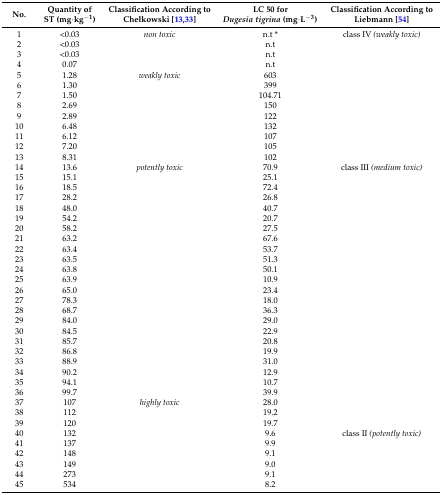
<table><thead><tr><td><b>No.</b></td><td><b>Quantity of ST (mg·kg<sup>−1</sup>)</b></td><td><b>Classification According to Chełkowski [13,33]</b></td><td><b>LC 50 for <i>Dugesia tigrina</i> (mg·L<sup>−3</sup>)</b></td><td><b>Classification According to Liebmann [54]</b></td></tr></thead><tbody><tr><td>1</td><td>&lt;0.03</td><td><i>non toxic</i></td><td>n.t * </td><td>class IV <i>(weakly toxic)</i></td></tr><tr><td>2</td><td>&lt;0.03</td><td></td><td>n.t</td><td></td></tr><tr><td>3</td><td>&lt;0.03</td><td></td><td>n.t</td><td></td></tr><tr><td>4</td><td>0.07</td><td></td><td>n.t</td><td></td></tr><tr><td>5</td><td>1.28</td><td><i>weakly toxic</i></td><td>603</td><td></td></tr><tr><td>6</td><td>1.30</td><td></td><td>399</td><td></td></tr><tr><td>7</td><td>1.50</td><td></td><td>104.71</td><td></td></tr><tr><td>8</td><td>2.69</td><td></td><td>150</td><td></td></tr><tr><td>9</td><td>2.89</td><td></td><td>122</td><td></td></tr><tr><td>10</td><td>6.48</td><td></td><td>132</td><td></td></tr><tr><td>11</td><td>6.12</td><td></td><td>107</td><td></td></tr><tr><td>12</td><td>7.20</td><td></td><td>105</td><td></td></tr><tr><td>13</td><td>8.31</td><td></td><td>102</td><td></td></tr><tr><td>14</td><td>13.6</td><td><i>potently toxic</i></td><td>70.9</td><td>class III <i>(medium toxic)</i></td></tr><tr><td>15</td><td>15.1</td><td></td><td>25.1</td><td></td></tr><tr><td>16</td><td>18.5</td><td></td><td>72.4</td><td></td></tr><tr><td>17</td><td>28.2</td><td></td><td>26.8</td><td></td></tr><tr><td>18</td><td>48.0</td><td></td><td>40.7</td><td></td></tr><tr><td>19</td><td>54.2</td><td></td><td>20.7</td><td></td></tr><tr><td>20</td><td>58.2</td><td></td><td>27.5</td><td></td></tr><tr><td>21</td><td>63.2</td><td></td><td>67.6</td><td></td></tr><tr><td>22</td><td>63.4</td><td></td><td>53.7</td><td></td></tr><tr><td>23</td><td>63.5</td><td></td><td>51.3</td><td></td></tr><tr><td>24</td><td>63.8</td><td></td><td>50.1</td><td></td></tr><tr><td>25</td><td>63.9</td><td></td><td>10.9</td><td></td></tr><tr><td>26</td><td>65.0</td><td></td><td>23.4</td><td></td></tr><tr><td>27</td><td>78.3</td><td></td><td>18.0</td><td></td></tr><tr><td>28</td><td>68.7</td><td></td><td>36.3</td><td></td></tr><tr><td>29</td><td>84.0</td><td></td><td>29.0</td><td></td></tr><tr><td>30</td><td>84.5</td><td></td><td>22.9</td><td></td></tr><tr><td>31</td><td>85.7</td><td></td><td>20.8</td><td></td></tr><tr><td>32</td><td>86.8</td><td></td><td>19.9</td><td></td></tr><tr><td>33</td><td>88.9</td><td></td><td>31.0</td><td></td></tr><tr><td>34</td><td>90.2</td><td></td><td>12.9</td><td></td></tr><tr><td>35</td><td>94.1</td><td></td><td>10.7</td><td></td></tr><tr><td>36</td><td>99.7</td><td></td><td>39.9</td><td></td></tr><tr><td>37</td><td>107</td><td><i>highly toxic</i></td><td>28.0</td><td></td></tr><tr><td>38</td><td>112</td><td></td><td>19.2</td><td></td></tr><tr><td>39</td><td>120</td><td></td><td>19.7</td><td></td></tr><tr><td>40</td><td>132</td><td></td><td>9.6</td><td>class II <i>(potently toxic)</i></td></tr><tr><td>41</td><td>137</td><td></td><td>9.9</td><td></td></tr><tr><td>42</td><td>148</td><td></td><td>9.1</td><td></td></tr><tr><td>43</td><td>149</td><td></td><td>9.0</td><td></td></tr><tr><td>44</td><td>273</td><td></td><td>9.1</td><td></td></tr><tr><td>45</td><td>534</td><td></td><td>8.2</td><td></td></tr></tbody></table>